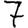
Digit: 7